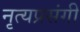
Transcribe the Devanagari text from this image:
नृत्यप्रसंगी